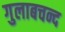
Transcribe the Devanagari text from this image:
गुलाबचन्द